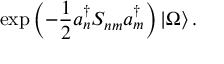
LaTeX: \exp \left( { - \frac { 1 } { 2 } a _ { n } ^ { \dagger } S _ { n m } a _ { m } ^ { \dagger } } \right) | \Omega \rangle \, .